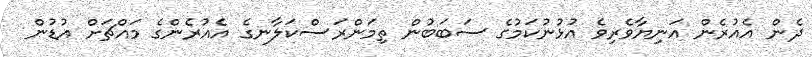
ދެން އެއުރެން އަނިޔާވެރިވެ އުޅުނުކަމުގެ ސަބަބުން ތިމަންރަސްކަލާނގެ އެއުރެންގެ މައްޗަށް އުޑުން